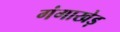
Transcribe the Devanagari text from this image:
गंगाखेड़